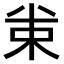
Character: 𠔗